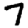
Digit: 7